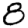
Digit: 0